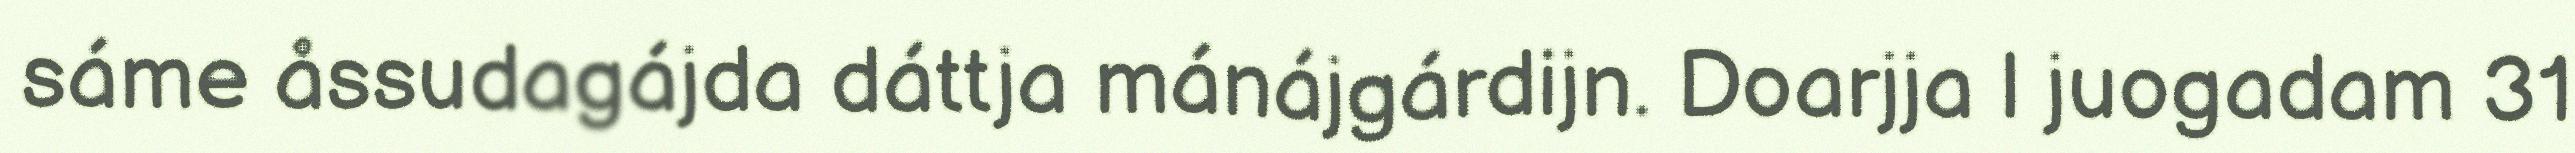
sáme åssudagájda dáttja mánájgárdijn. Doarjja l juogadam 31